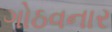
ગોઠવનાર